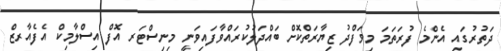
ދަތުރުގައި އެންމެ ފުރަތަމަ މިވަފްދު ޒިޔާރަތްކޮށް ބައްދަލުކުރައްވާފައިވަނީ މިނިސްޓަރ އޮފް އިސްލާމިކް އެފެއާރޒް